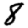
Digit: 8